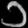
Digit: ၁